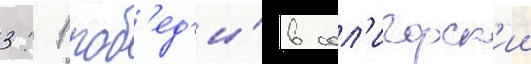
3: 1 поб'ед'и́в сол'игорск'ии